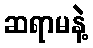
ဆရာမနဲ့